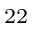
_ { 2 2 }